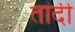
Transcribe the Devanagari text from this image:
तांदी